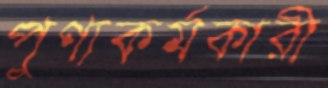
পুণ্যকর্মকারী